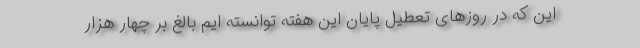
این که در روزهای تعطیل پایان این هفته توانسته ایم بالغ بر چهار هزار